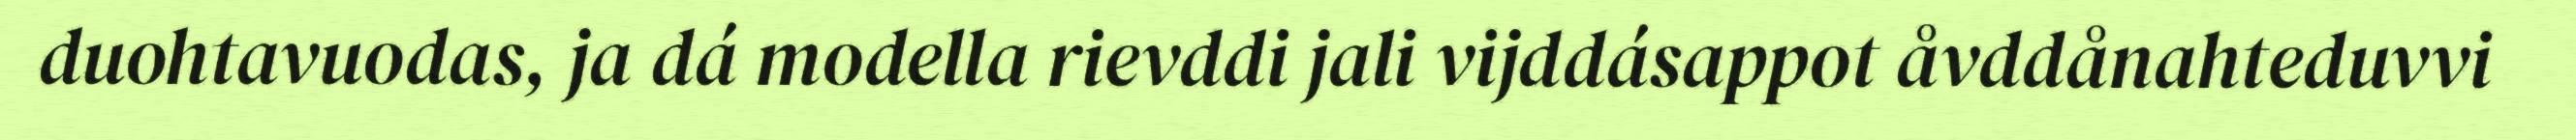
duohtavuodas, ja dá modella rievddi jali vijddásappot åvddånahteduvvi